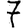
Digit: 7